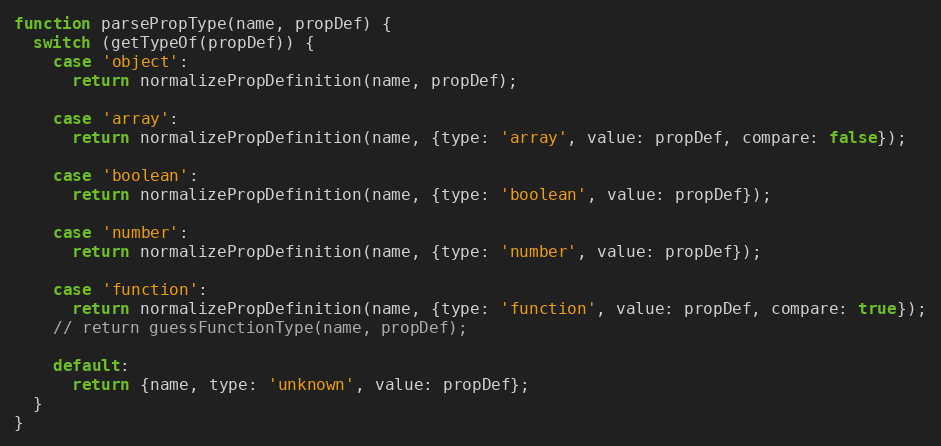
Language: JavaScript
function parsePropType(name, propDef) {
  switch (getTypeOf(propDef)) {
    case 'object':
      return normalizePropDefinition(name, propDef);

    case 'array':
      return normalizePropDefinition(name, {type: 'array', value: propDef, compare: false});

    case 'boolean':
      return normalizePropDefinition(name, {type: 'boolean', value: propDef});

    case 'number':
      return normalizePropDefinition(name, {type: 'number', value: propDef});

    case 'function':
      return normalizePropDefinition(name, {type: 'function', value: propDef, compare: true});
    // return guessFunctionType(name, propDef);

    default:
      return {name, type: 'unknown', value: propDef};
  }
}